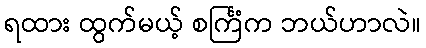
ရထား ထွက်မယ့် စင်္ကြံက ဘယ်ဟာလဲ။